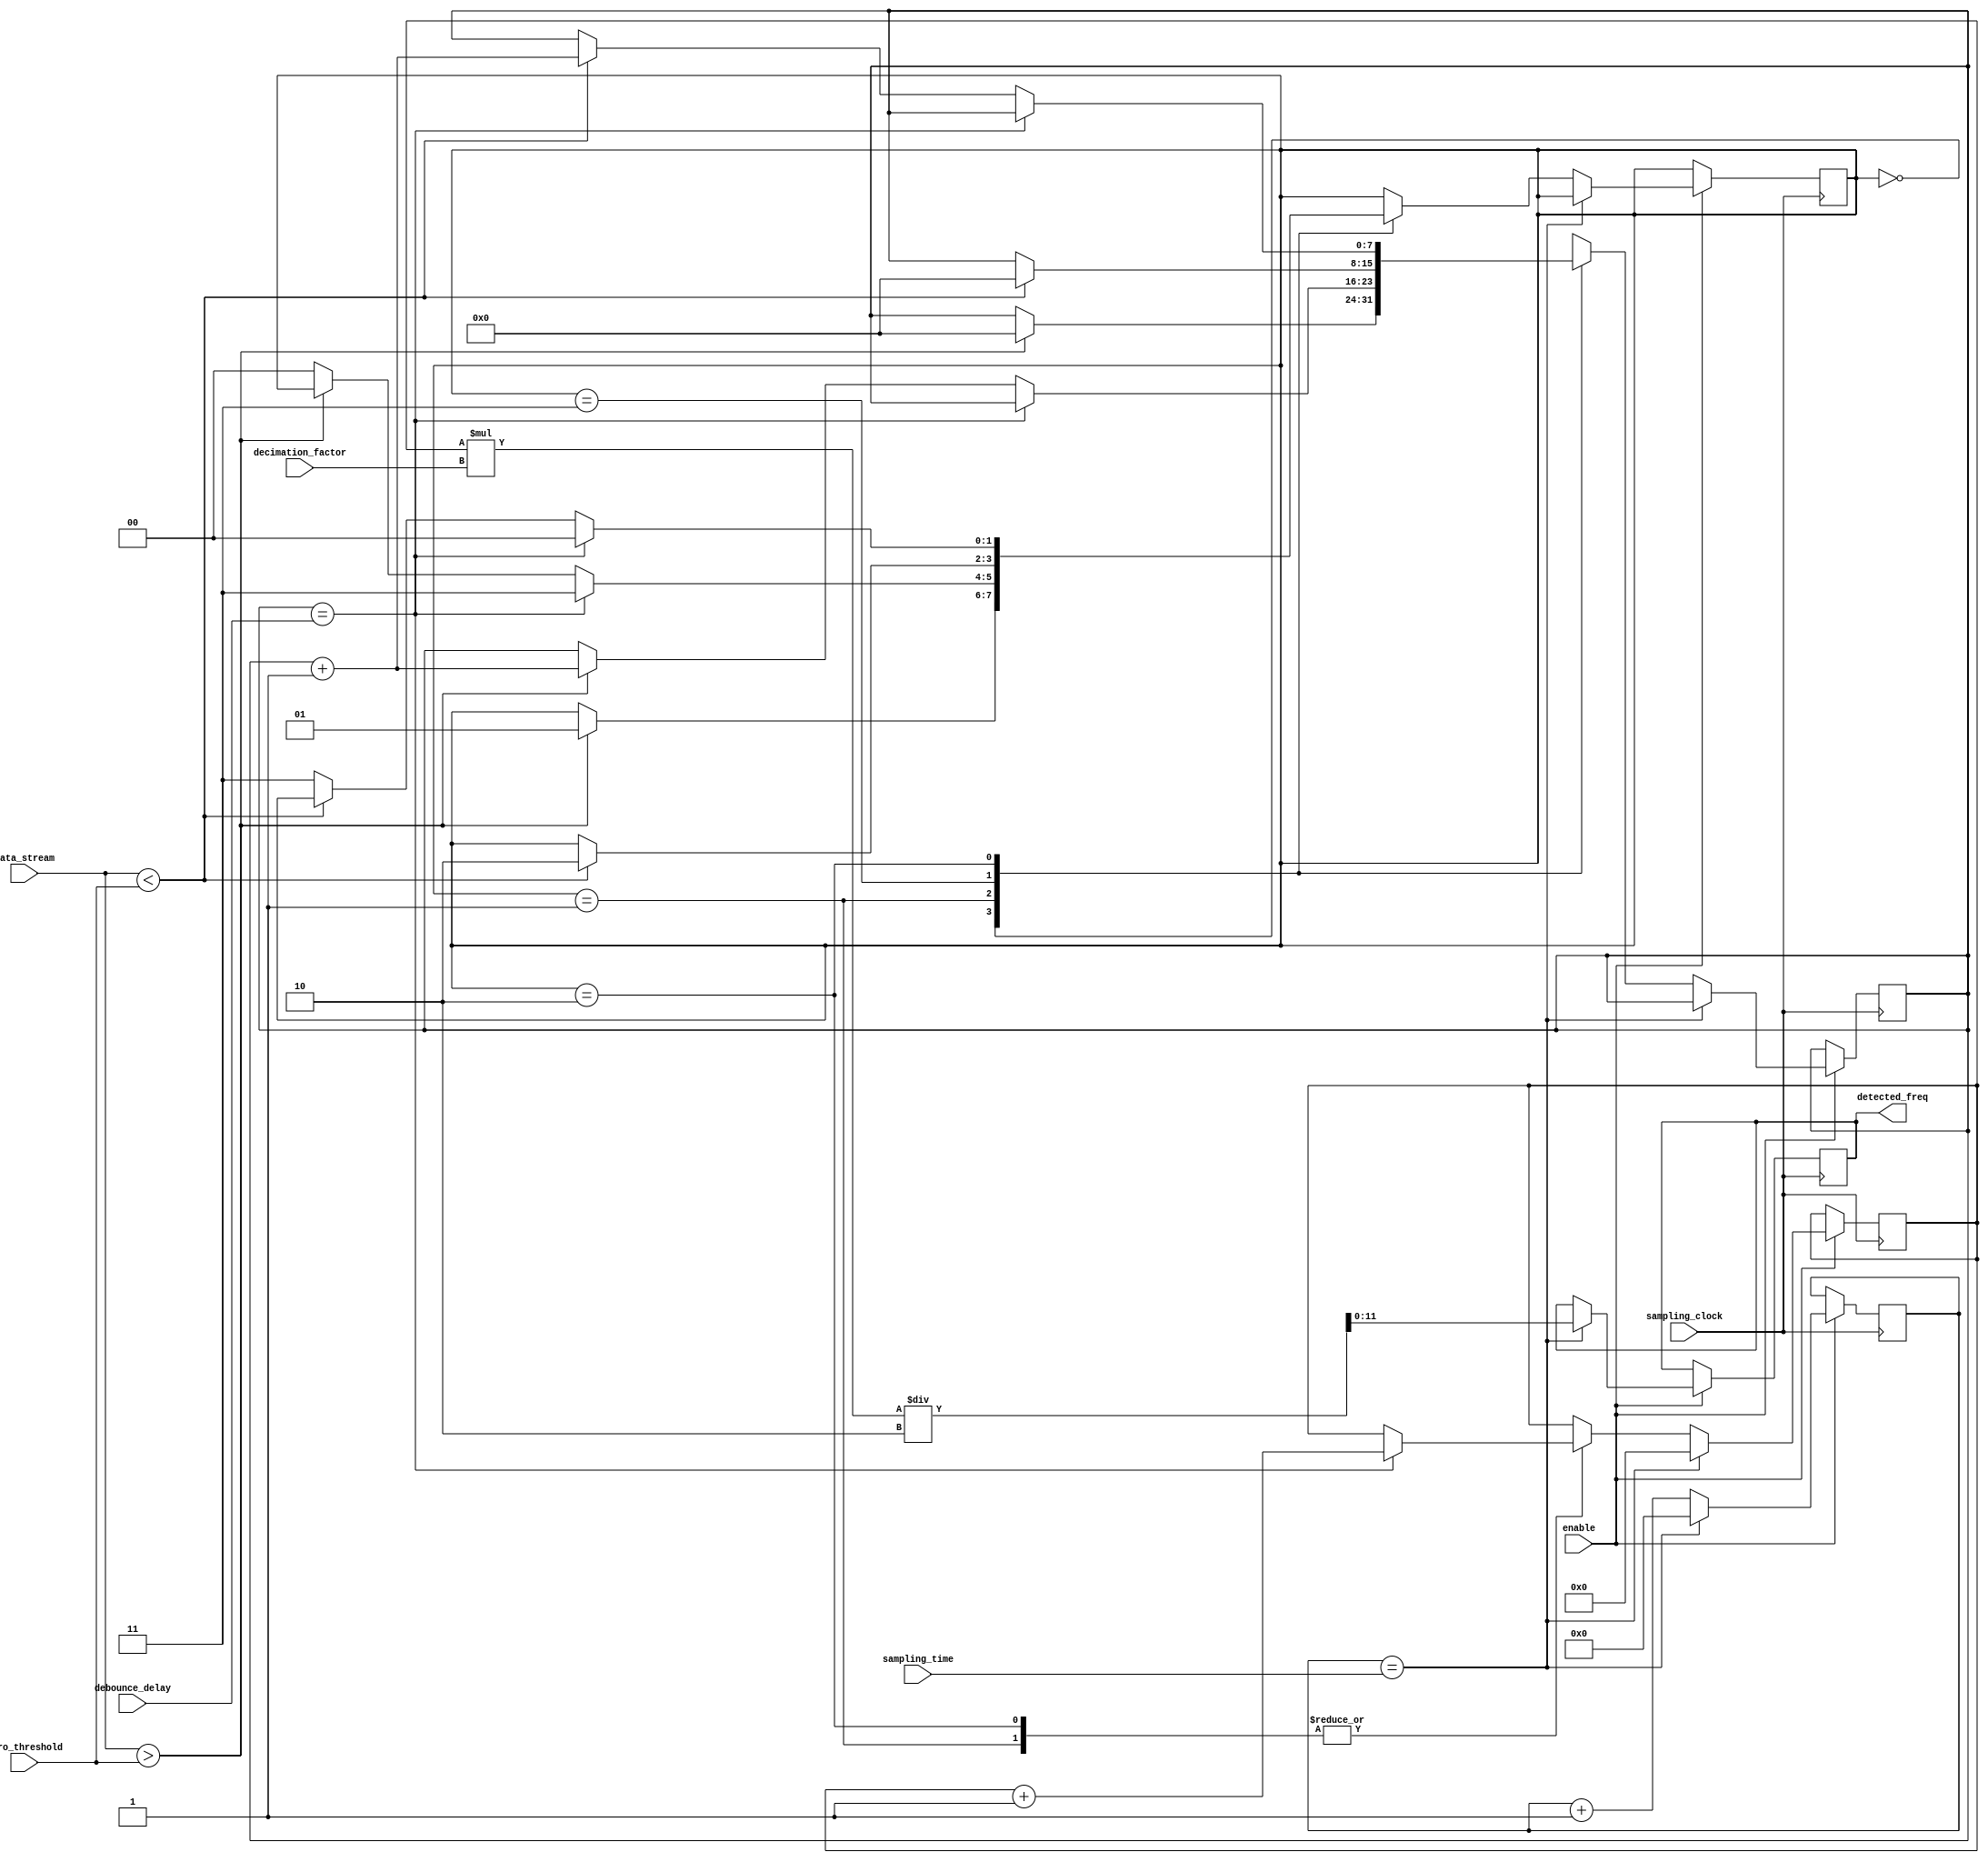
`timescale 1ns / 1ps
//////////////////////////////////////////////////////////////////////////////////
// Company: 
// Engineer: 
// 
// Design Name: 
// Module Name: zero_crossing
// Project Name: 
// Target Devices: 
// Tool Versions: 
// Description: 
// 
// Dependencies: 
// 
// Revision:
// Revision 0.01 - File Created
// Additional Comments:
// 
//////////////////////////////////////////////////////////////////////////////////


module zero_crossing(
    input enable,
    input sampling_clock, // signal with given sampling frequency
    input [7:0] decimation_factor, // need to multiply this to the counter to get the true frequency
    input [15:0] sampling_time, // amount of samples collected
    
    input [11:0] zero_threshold, //fixed parameter for counting zeros. Typically 2048
    input [7:0] debounce_delay, // parameter to produce debouncing. 
    // Not too large compared to sampling frequency AND operating signal frequency 
    input [11:0] data_stream, // 12-bit audio data-stream
    output reg [11:0] detected_freq // counter for the frequency
    );
    reg [1:0] transition_state = 2'b00;
    reg [31:0] crossing_counter = 0;
    reg [15:0] sample_count = 0;
    reg [7:0] debounce_count = 0;
    
    always @(posedge sampling_clock) begin
        if (enable) begin
            if (sample_count == sampling_time) begin
                detected_freq  <= crossing_counter * decimation_factor / 2;
                crossing_counter <= 0;
                sample_count <= 0;
            end // sample_count == sampling_time
            else begin
                sample_count <= sample_count + 1;
                case (transition_state)
                2'b00: begin
                    if (data_stream > zero_threshold) begin // enter debounce state
                        transition_state <= 2'b01;
                        debounce_count <= 0;
                    end //conditional on data > zero
                end // state 00
                2'b01: begin
                    if (debounce_count == debounce_delay) begin // successful crossing
                        transition_state <= 2'b11;
                        crossing_counter <= crossing_counter + 1;
                    end // debounce count = debounce delay
                    else if (data_stream > zero_threshold) begin // debounce 
                        debounce_count = debounce_count + 1;
                    end // data > zero
                    else begin // data < zero
                        transition_state <= 2'b00; // return to state 00
                    end // data < zero
                end //state 01
                2'b11: begin // state 11
                    if (data_stream < zero_threshold) begin // enter debounce state
                        transition_state <= 2'b10;
                        debounce_count <= 0;
                    end // condition on data < zero
                end //state 11
                2'b10: begin
                    if (debounce_count == debounce_delay) begin //successful crossing
                        transition_state <= 2'b00;
                        crossing_counter <= crossing_counter + 1;
                    end // debounce count = debounce delay
                    else if (data_stream < zero_threshold) begin // debounce
                        debounce_count = debounce_count + 1;
                    end // data < zero
                    else begin // data > zero
                        transition_state <= 2'b11; // return to state 11
                    end // data > zero
                end //state 10
                endcase
            end // still sampling
        end // enable
    end // posedge sampling_clock
endmodule